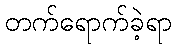
တက်ရောက်ခဲ့ရာ